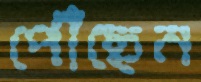
পৌঁছেন